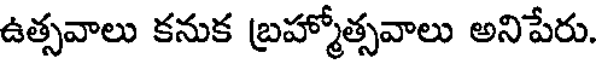
ఉత్సవాలు కనుక బ్రహ్మోత్సవాలు అనిపేరు.